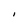
Character: I